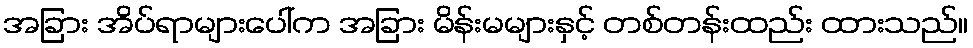
အခြား အိပ်ရာများပေါ်က အခြား မိန်းမများနှင့် တစ်တန်းထည်း ထားသည်။